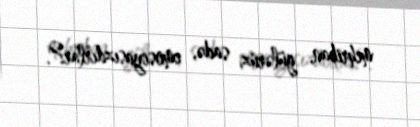
mehriban, gülərüz, sadə, emosiyasızdırlar?.